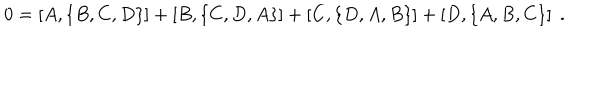
LaTeX: 0 = \left[ A , \left\{ B , C , D \right\} \right] + \left[ B , \left\{ C , D , A \right\} \right] + \left[ C , \left\{ D , A , B \right\} \right] + \left[ D , \left\{ A , B , C \right\} \right] \; .